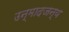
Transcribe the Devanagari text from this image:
उन्मादजन्य